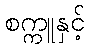
စက္ကူနှင့်